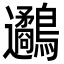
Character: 𪈄